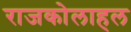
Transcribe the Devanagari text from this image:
राजकोलाहल